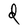
Character: d